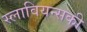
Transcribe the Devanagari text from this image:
स्लावियन्सकी